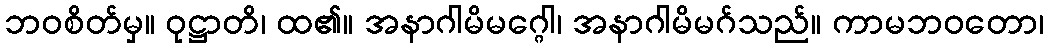
ဘဝစိတ်မှ။ ဝုဋ္ဌာတိ၊ ထ၏။ အနာဂါမိမဂ္ဂေါ၊ အနာဂါမိမဂ်သည်။ ကာမဘဝတော၊